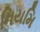
નિયમિ